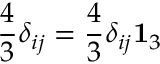
\frac { 4 } { 3 } \delta _ { i j } = \frac { 4 } { 3 } \delta _ { i j } { \bf 1 } _ { 3 }